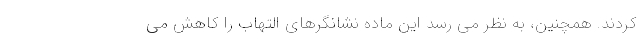
کردند. همچنین، به نظر می رسد این ماده نشانگرهای التهاب را کاهش می